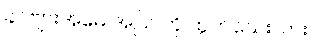
ခင်ဗျားအမေ အပြင်ကို ထွက်သေးလား